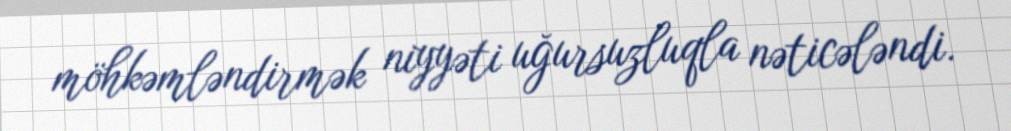
möhkəmləndirmək niyyəti uğursuzluqla nəticələndi.